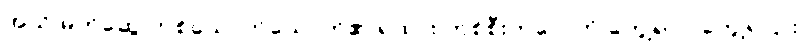
အသိ မိတ်ဆွေ တစ်ယောက်ယောက်၏ ရထား တစ်စီးတလေကို တွေ့ရလို တွေ့ရငြား